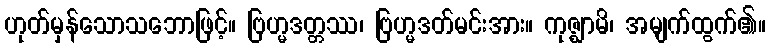
ဟုတ်မှန်သောသဘောဖြင့်။ ဗြဟ္မဒတ္တဿ၊ ဗြဟ္မဒတ်မင်းအား။ ကုဇ္ဈာမိ၊ အမျက်ထွက်၏။